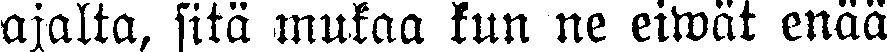
ajalta, sitä mukaa kun ne eiwät enää